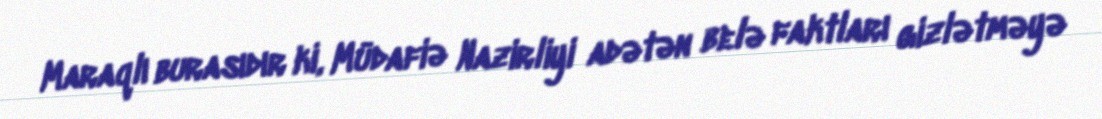
Maraqlı burasıdır ki, Müdafiə Nazirliyi adətən belə faktları gizlətməyə